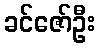
ခင်ဇော်ဦး